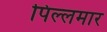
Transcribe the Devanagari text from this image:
पिल्लमार